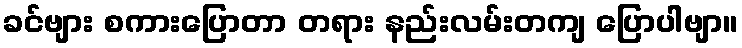
ခင်ဗျား စကားပြောတာ တရား နည်းလမ်းတကျ ပြောပါဗျာ။